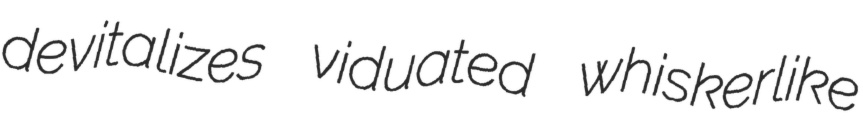
devitalizes viduated whiskerlike